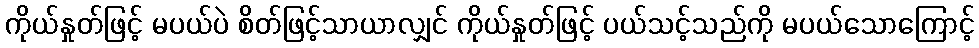
ကိုယ်နှုတ်ဖြင့် မပယ်ပဲ စိတ်ဖြင့်သာယာလျှင် ကိုယ်နှုတ်ဖြင့် ပယ်သင့်သည်ကို မပယ်သောကြောင့်